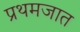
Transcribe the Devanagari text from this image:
प्रथमजात